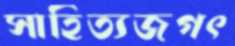
সাহিত্যজগৎ